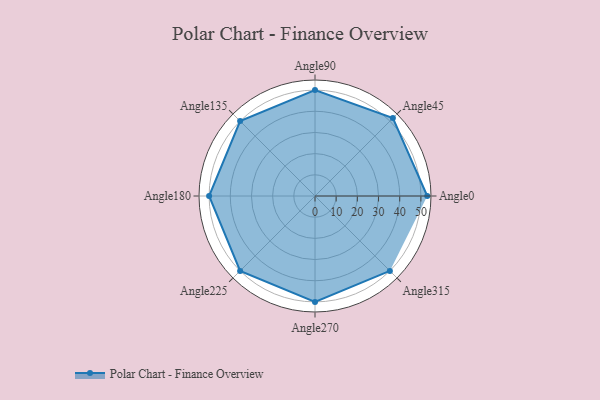
{"axis": {"x": "Angle", "y": "Radius"}, "legend": [""], "data": [{"x": "Angle0", "y": 53.0, "type": ""}, {"x": "Angle45", "y": 52.0, "type": ""}, {"x": "Angle90", "y": 50, "type": ""}, {"x": "Angle135", "y": 50, "type": ""}, {"x": "Angle180", "y": 50, "type": ""}, {"x": "Angle225", "y": 50, "type": ""}, {"x": "Angle270", "y": 50, "type": ""}, {"x": "Angle315", "y": 50, "type": ""}]}